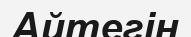
Айтегін